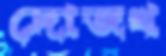
দোজখ